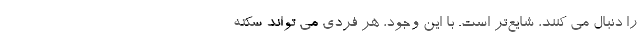
را دنبال می کنند، شایع‌تر است. با این وجود، هر فردی می تواند سکته